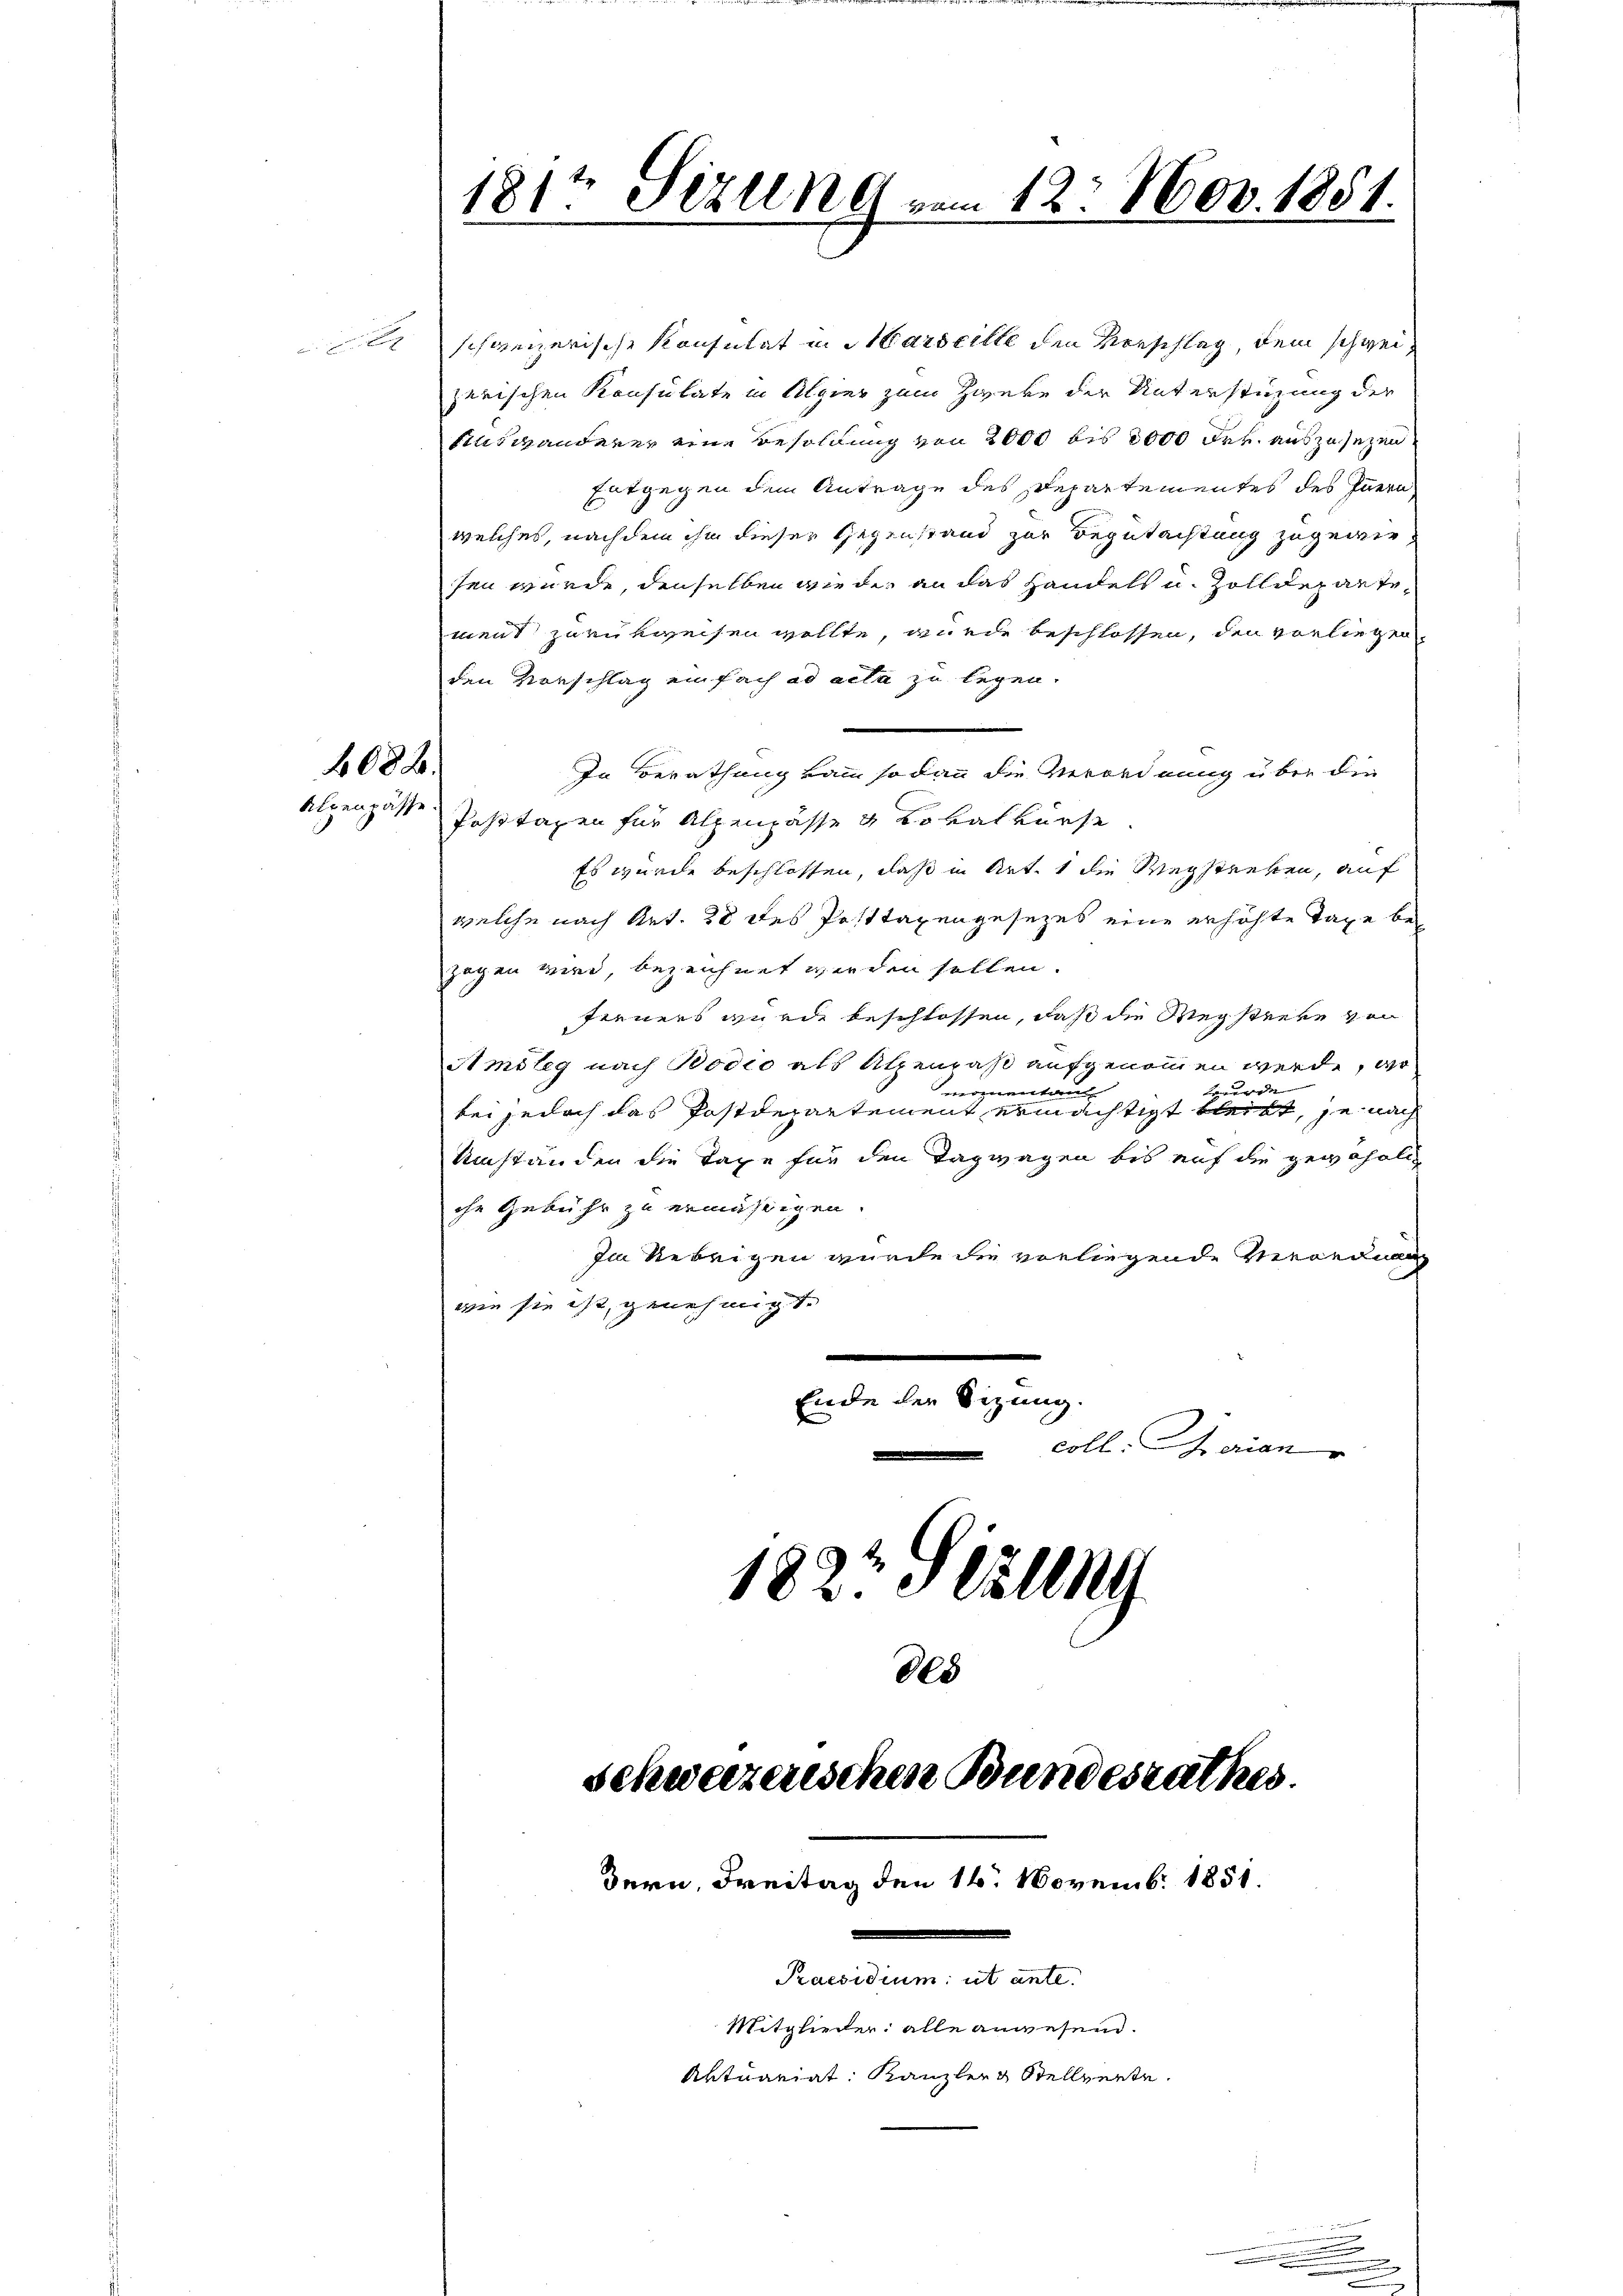
4082.
Alpenpässe

2 schweizerische Konsulat in Marseille den Vorschlag, dem schweizerischen Konsulate in Algier zum Zweke der Unterstüzung der
Slständerer eine Besoldung von 2000 bis 2000 Frk. auszusetzen,
Entgegen dem Antrage des Departementes des Innern
welches, nachdem ihm dieser Gegenstand zur Begutachtung zugewiesen wurde, denselben wiede an das Handels u. Zolldepartement zurükweisen wollte, wurde beschlossen, den vorliegen
den Vorschlag einfach ad acta zu legen.
In Berathung kam sodann die Verordnung über die
Posttaxen für Alpenpässe & Lokalkurse
Es wurde beschlossen, daß in Art. 1 die Wegstreken, auf
welche nach Art. 28 des Posttaxengesezes eine erhöhte Taxe bezogen wird, bezeichnet werden sollen.
ferners wurde beschlossen, daß die Wegstreke von
Amsteg nach Bodio als Alpenraß aufgenommen werde, wo
wurde
momentaren
bei jedoch das Postdepartement ermächtigt bleibt, je nach
Umständen die Taxe für den Tagwagen bis auf die gewöhnlich
che Gebühr zu ermäßigen.
Im Uebrigen wurde die vorliegende Verordnen
wie sie ist, genehmigt.
.
Ende der Sitzung.
coll. Marian
1827. Cell
85

181t Sizung vom 12. Nov. 1851
A

Bern, Freitag den 16. Novemb. 1851.
Praesidium ut ante.
Mitglieder alle anwesend.
Aktuariat: Kanzler Stellverte.

schweizerischen Bundesrathes.